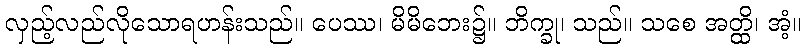
လှည့်လည်လိုသောရဟန်းသည်။ ပေဿ၊ မိမိဘေး၌။ ဘိက္ခု၊ သည်။ သစေ အတ္ထိ၊ အံ့။